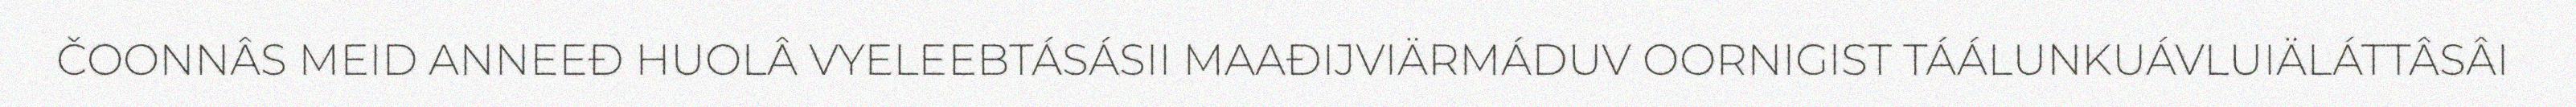
ČOONNÂS MEID ANNEEĐ HUOLÂ VYELEEBTÁSÁSII MAAĐIJVIÄRMÁDUV OORNIGIST TÁÁLUNKUÁVLUIÄLÁTTÂSÂI